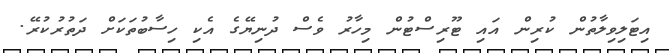
އިޓަލިވިލާތުން ކުރިން އައި ޓޫރިސްޓުން މިހާރު ވެސް ދުނިޔޭގެ އެކި ހިސާބުތަކަށް ދަތުރުކުރޭ.